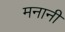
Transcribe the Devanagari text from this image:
मनानी